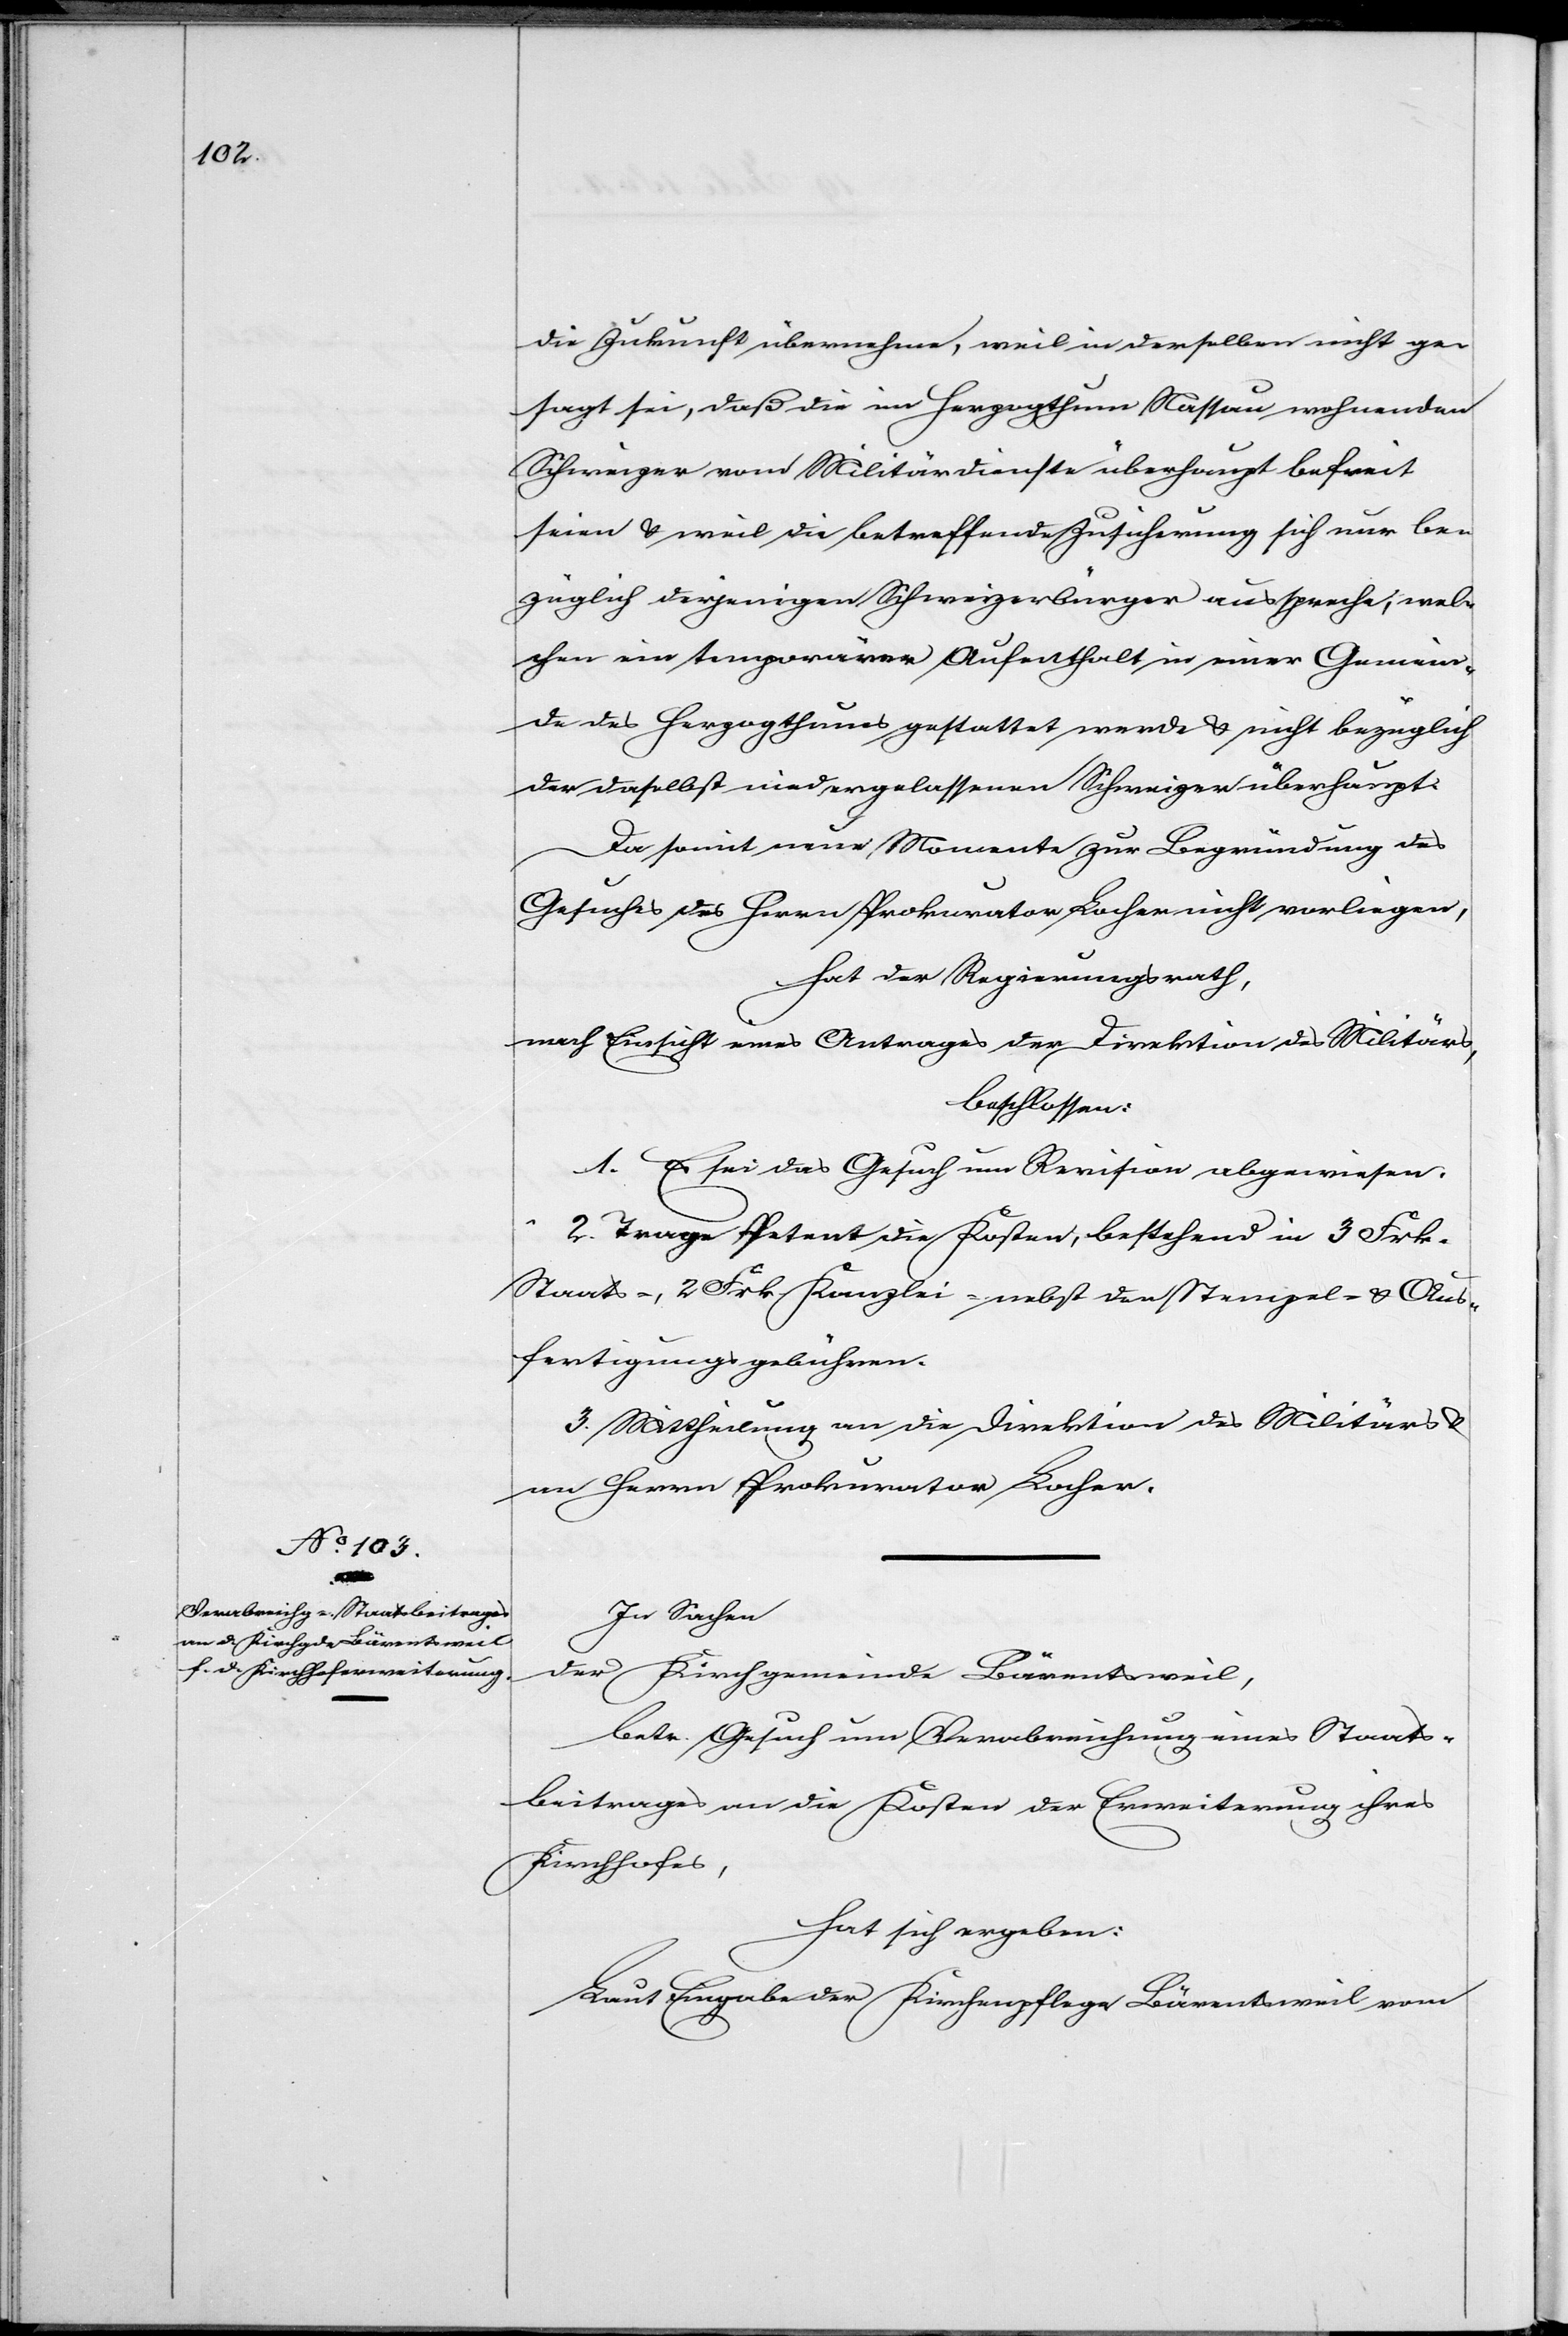
die Zukunft übernehme, weil in derselben nicht ge¬
sagt sei, daß die im Herzogthum Nassau wohnenden
Schweizer vom Militärdienste überhaupt befreit
seien u. weil die betreffende Zusicherung sich nur be¬
züglich derjenigen Schweizerbürger ausspreche, wel¬
chen ein temporärer Aufenthalt in einer Gemein¬
de des Herzogthumes gestattet werde u. nicht bezüglich
der daselbst niedergelassenen Schweizer überhaupt.
Da somit neue Momente zur Begründung des
Gesuches des Herrn Prokurator Locher nicht vorliegen,
hat der Regierungsrath,
nach Einsicht eines Antrages der Direktion des Militärs,
beschlossen:
1. Es sei das Gesuch um Revision abgewiesen.
2. Trage Petent die Kosten, bestehend in 3 Frk.
Staats-, 2 Frk. Kanzlei-[,] nebst den Stempel- u. Aus¬
fertigungsgebühren.
3. Mittheilung an die Direktion des Militärs u.
an Herrn Prokurator Locher.
In Sachen
der Kirchgemeinde Bärentsweil,
betr. Gesuch um Verabreichung eines Staats¬
beitrages an die Kosten der Erweiterung ihres
Kirchhofes,
hat sich ergeben:
Laut Eingabe der Kirchenpflege Bärentsweil vom